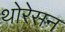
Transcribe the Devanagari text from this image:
थोरेसन